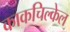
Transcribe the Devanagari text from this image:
काकचिल्केल